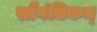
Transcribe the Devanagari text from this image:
सौगंधिकम्